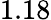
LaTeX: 1.18